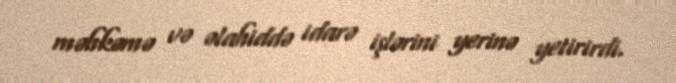
məhkəmə və əlahiddə idarə işlərini yerinə yetirirdi.